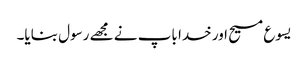
یسوع مسیح اور خدا باپ نے مجھے رسول بنایا۔